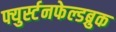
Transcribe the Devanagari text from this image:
फ्युर्स्टनफेल्डब्रुक